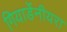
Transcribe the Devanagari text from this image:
गियार्डेनीयरा